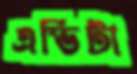
এভিটা